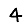
Digit: 4